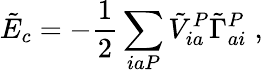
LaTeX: \tilde{E}_{c}=-\frac{1}{2}\sum_{iaP}\tilde{V}_{ia}^{P}\tilde{\Gamma}_{ai}^{P}\; ,